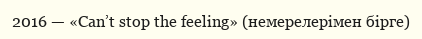
2016 — «Can’t stop the feeling» (немерелерімен бірге)